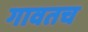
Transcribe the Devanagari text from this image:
गावतच